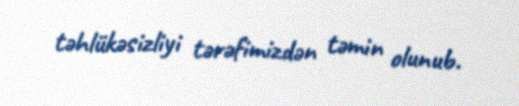
təhlükəsizliyi tərəfimizdən təmin olunub.